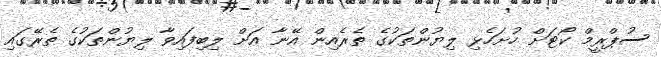
ސުޕްރީމް ކޯޓަށް ހުށަހެޅި ލިޔުންތަކުގެ ތެރެއިން އޭނާ އަށް ލިބިފައިވާ ލިޔުންތަކުގެ ތެރޭގައި